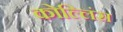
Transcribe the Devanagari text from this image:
कोल्लिंस